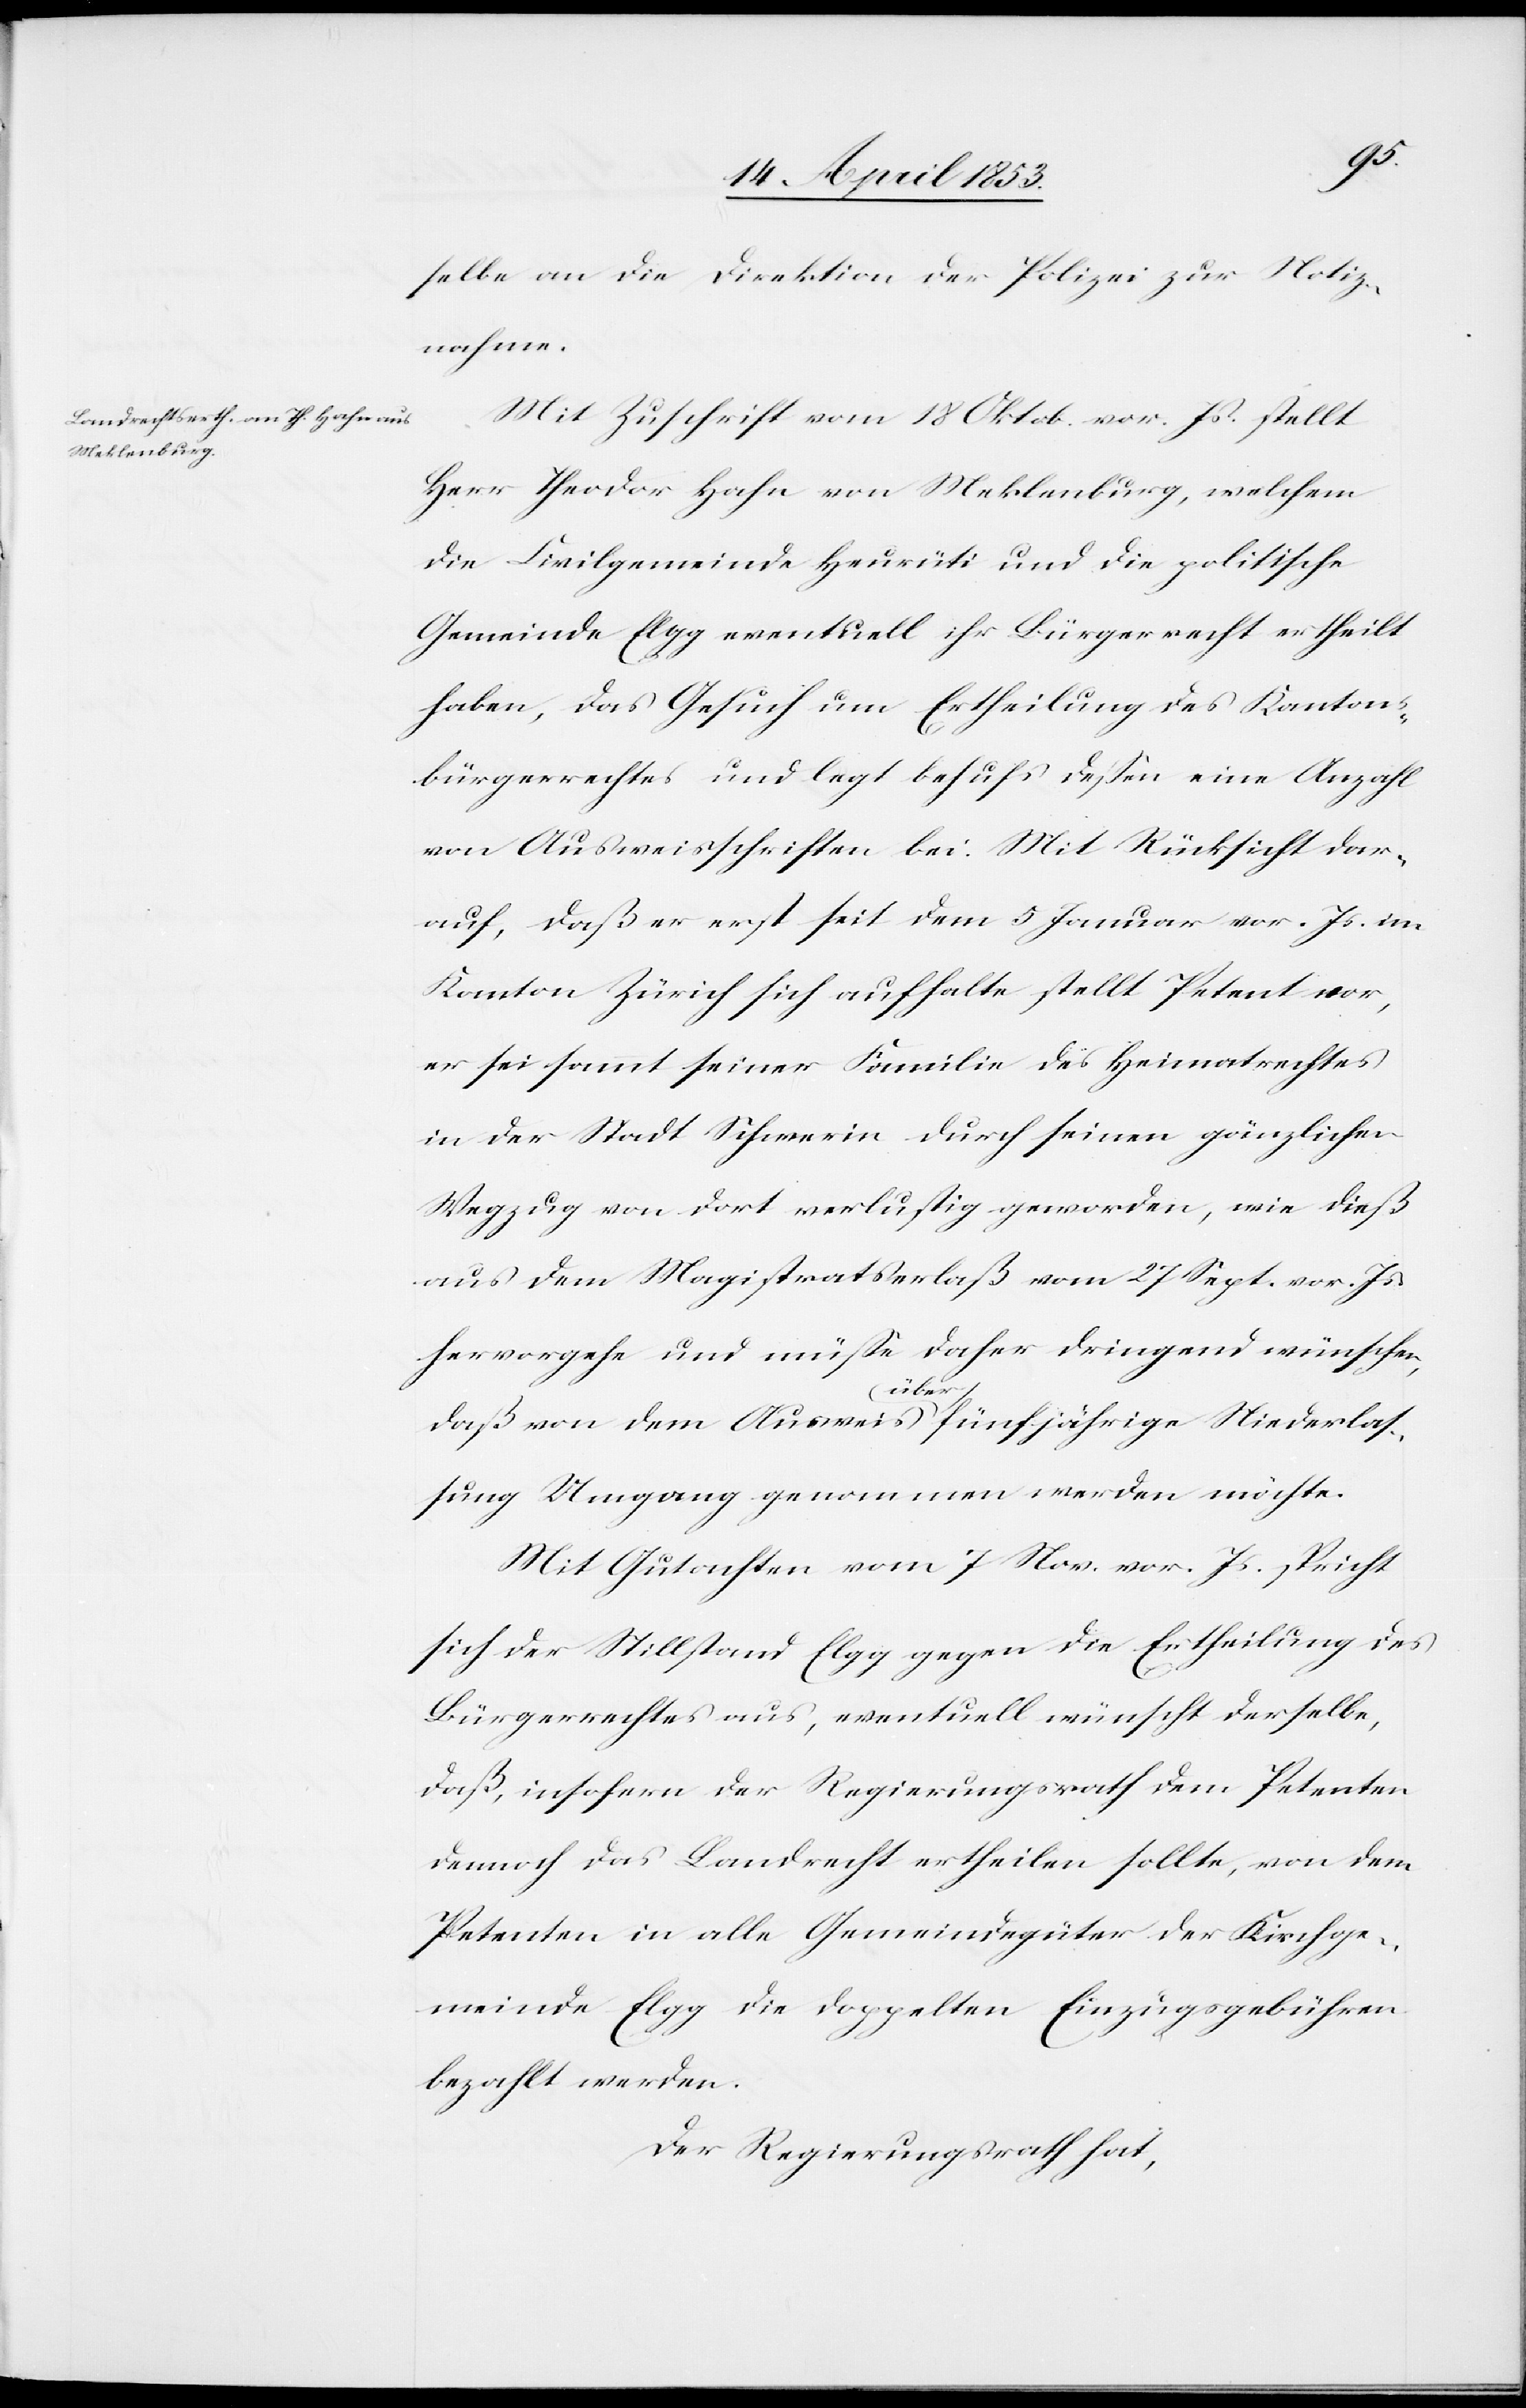
selbe an die Direktion der Polizei zur Notiz¬
nahme.
Mit Zuschrift vom 18 Oktob. vor. Js. stellt
Herr Theodor Hahn von Meklenburg, welchem
die Civilgemeinde Heurüti und die politische
Gemeinde Elgg eventuell ihr Bürgerrecht ertheilt
haben, das Gesuch um Ertheilung des Kantons¬
bürgerrechtes und legt behufs deßen eine Anzahl
von Ausweisschriften bei. Mit Rücksicht dar¬
auf, daß er erst seit dem 5 Januar vor. Js. im
Kanton Zürich sich aufhalte, stellt Petent vor,
er sei sammt seiner Familie des Heimatrechtes
in der Stadt Schwerin durch seinen gänzlichen
Wegzug von dort verlustig geworden, wie dieß
aus dem Magistratserlaß vom 27 Sept. vor. Js.
hervorgehe und müße daher dringend wünschen,
daß von dem Ausweis über fünfjährige Niederlas¬
sung Umgang genommen werden möchte.
Mit Gutachten vom 7 Nov. vor. Js. spricht
sich der Stillstand Elgg gegen die Ertheilung des
Bürgerrechtes aus, eventuell wünscht derselbe,
daß, insofern der Regierungsrath dem Petenten
danach das Landrecht ertheilen sollte, von dem
Petenten in alle Gemeindsgüter der Kirchge¬
meinde Elgg die doppelten Einzugsgebühren
bezahlt werden.
Der Regierungsrath hat,